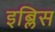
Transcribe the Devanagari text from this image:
इब्लिस